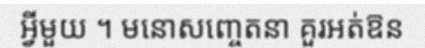
អ្វីមួយ ។ មនោសញ្ចេតនា គួរអត់ឱន